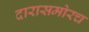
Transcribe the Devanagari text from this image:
दारासमोरच